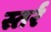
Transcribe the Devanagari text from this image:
स्तर्र